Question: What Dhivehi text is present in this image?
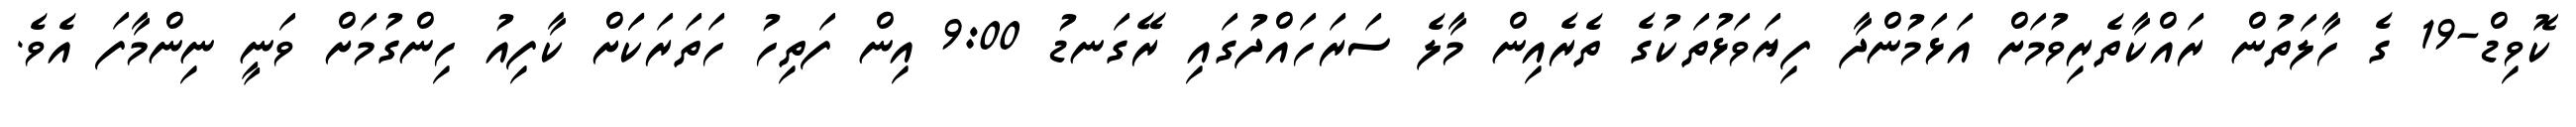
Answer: ކޮވިޑް-19 ގެ ހާލަތުން ރައްކާތެރިވުމަށް އަޅަމުންދާ ފިޔަވަޅުތަކުގެ ތެރެއިން މާލެ ސަރަހައްދުގައި ރޭގަނޑު 9:00 އިން ފަތިހު ހަތަރަކަަށް ކާފިއު ހިންގުމަށް ވަނީ ނިންމާފަ އެވެ.